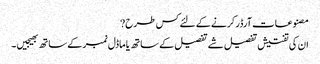
مصنوعات آرڈر کرنے کے لئے کس طرح?
ان کی تفتیش تفصیل شے تفصیل کے ساتھ یا ماڈل نمبر کے ساتھ بھیجیں ۔